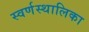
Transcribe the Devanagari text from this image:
स्वर्णस्थालिका